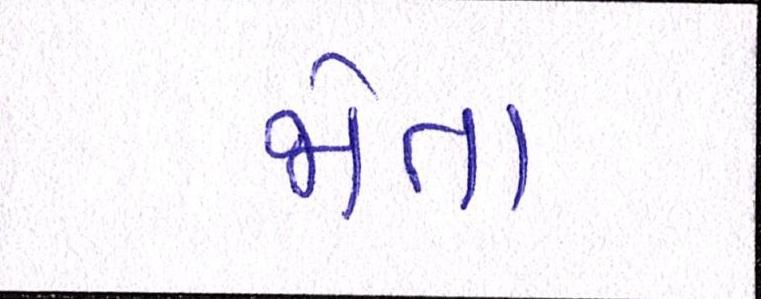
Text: જોતા